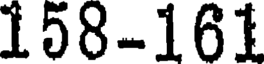
158-161